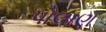
પોલાણ